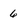
Character: 6